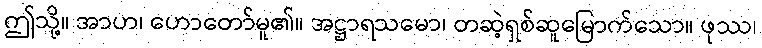
ဤသို့။ အာဟ၊ ဟောတော်မူ၏။ အဋ္ဌာရသမော၊ တဆဲ့ရှစ်ဆူမြောက်သော။ ဖုဿ၊